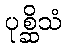
ပုစ္ဆိသံ